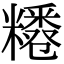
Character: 𥽊